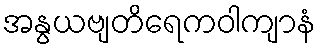
အနွယဗျတိရေကဝါကျာနံ